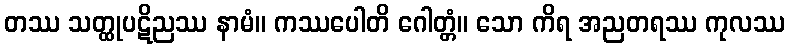
တဿ သတ္ထုပဋိညဿ နာမံ။ ကဿပေါတိ ဂေါတ္တံ။ သော ကိရ အညတရဿ ကုလဿ